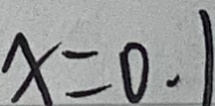
x = 0 . 1